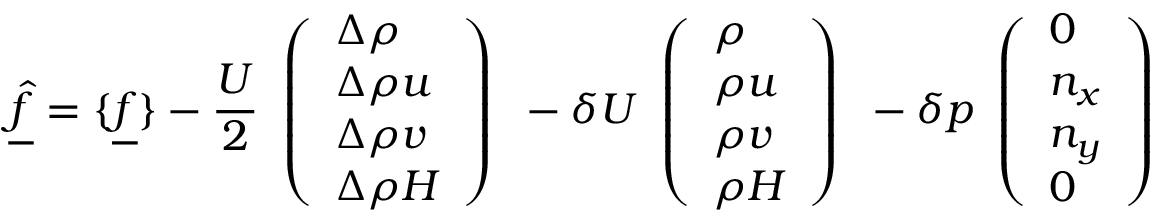
\underline { { \hat { f } } } = \{ \underline { { f } } \} - \frac { U } { 2 } \begin{array} { l } { \left( \begin{array} { l } { \Delta \rho } \\ { \Delta \rho u } \\ { \Delta \rho v } \\ { \Delta \rho H } \end{array} \right) } \end{array} - \delta U \begin{array} { l } { \left( \begin{array} { l } { \rho } \\ { \rho u } \\ { \rho v } \\ { \rho H } \end{array} \right) } \end{array} - \delta p \begin{array} { l } { \left( \begin{array} { l } { 0 } \\ { n _ { x } } \\ { n _ { y } } \\ { 0 } \end{array} \right) } \end{array}